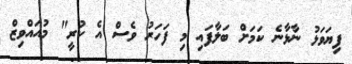
ފިޔަވަޅު ނާޅާނެ ކަމަށް ބަލާފައި މި ފަހަރު ވެސް އެ ކުރީ" މުއައްވިޒް